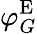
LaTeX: \varphi_{G}^{\mathrm{E}}